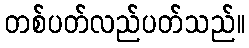
တစ်ပတ်လည်ပတ်သည်။